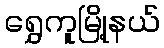
ရွှေကူမြို့နယ်